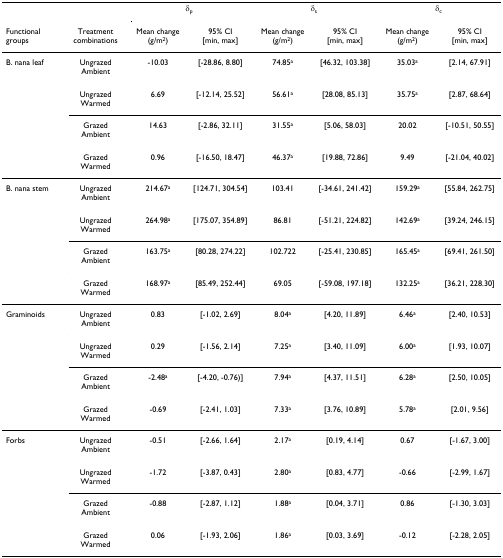
<table><thead><tr><td></td><td></td><td colspan="2"><b>δ<sub>p</sub></b></td><td colspan="2"><b>δ<sub>s</sub></b></td><td colspan="2"><b>δ<sub>c</sub></b></td></tr><tr><td><b>Functional groups</b></td><td><b>Treatment combinations</b></td><td><b>Mean change (g/m<sup>2</sup>)</b></td><td><b>95% CI [min, max]</b></td><td><b>Mean change (g/m<sup>2</sup>)</b></td><td><b>95% CI [min, max]</b></td><td><b>Mean change (g/m<sup>2</sup>)</b></td><td><b>95% CI [min, max]</b></td></tr></thead><tbody><tr><td>B. nana leaf</td><td>Ungrazed Ambient</td><td>-10.03</td><td>[-28.86, 8.80]</td><td>74.85<sup>a</sup></td><td>[46.32, 103.38]</td><td>35.03<sup>a</sup></td><td>[2.14, 67.91]</td></tr><tr><td></td><td>Ungrazed Warmed</td><td>6.69</td><td>[-12.14, 25.52]</td><td>56.61<sup>a</sup></td><td>[28.08, 85.13]</td><td>35.75<sup>a</sup></td><td>[2.87, 68.64]</td></tr><tr><td></td><td>Grazed Ambient</td><td>14.63</td><td>[-2.86, 32.11]</td><td>31.55<sup>a</sup></td><td>[5.06, 58.03]</td><td>20.02</td><td>[-10.51, 50.55]</td></tr><tr><td></td><td>Grazed Warmed</td><td>0.96</td><td>[-16.50, 18.47]</td><td>46.37<sup>a</sup></td><td>[19.88, 72.86]</td><td>9.49</td><td>[-21.04, 40.02]</td></tr><tr><td>B. nana stem</td><td>Ungrazed Ambient</td><td>214.67<sup>a</sup></td><td>[124.71, 304.54]</td><td>103.41</td><td>[-34.61, 241.42]</td><td>159.29<sup>a</sup></td><td>[55.84, 262.75]</td></tr><tr><td></td><td>Ungrazed Warmed</td><td>264.98<sup>a</sup></td><td>[175.07, 354.89]</td><td>86.81</td><td>[-51.21, 224.82]</td><td>142.69<sup>a</sup></td><td>[39.24, 246.15]</td></tr><tr><td></td><td>Grazed Ambient</td><td>163.75<sup>a</sup></td><td>[80.28, 274.22]</td><td>102.722</td><td>[-25.41, 230.85]</td><td>165.45<sup>a</sup></td><td>[69.41, 261.50]</td></tr><tr><td></td><td>Grazed Warmed</td><td>168.97<sup>a</sup></td><td>[85.49, 252.44]</td><td>69.05</td><td>[-59.08, 197.18]</td><td>132.25<sup>a</sup></td><td>[36.21, 228.30]</td></tr><tr><td>Graminoids</td><td>Ungrazed Ambient</td><td>0.83</td><td>[-1.02, 2.69]</td><td>8.04<sup>a</sup></td><td>[4.20, 11.89]</td><td>6.46<sup>a</sup></td><td>[2.40, 10.53]</td></tr><tr><td></td><td>Ungrazed Warmed</td><td>0.29</td><td>[-1.56, 2.14]</td><td>7.25<sup>a</sup></td><td>[3.40, 11.09]</td><td>6.00<sup>a</sup></td><td>[1.93, 10.07]</td></tr><tr><td></td><td>Grazed Ambient</td><td>-2.48<sup>a</sup></td><td>[-4.20, -0.76)]</td><td>7.94<sup>a</sup></td><td>[4.37, 11.51]</td><td>6.28<sup>a</sup></td><td>[2.50, 10.05]</td></tr><tr><td></td><td>Grazed Warmed</td><td>-0.69</td><td>[-2.41, 1.03]</td><td>7.33<sup>a</sup></td><td>[3.76, 10.89]</td><td>5.78<sup>a</sup></td><td>[2.01, 9.56]</td></tr><tr><td>Forbs</td><td>Ungrazed Ambient</td><td>-0.51</td><td>[-2.66, 1.64]</td><td>2.17<sup>a</sup></td><td>[0.19, 4.14]</td><td>0.67</td><td>[-1.67, 3.00]</td></tr><tr><td></td><td>Ungrazed Warmed</td><td>-1.72</td><td>[-3.87, 0.43]</td><td>2.80<sup>a</sup></td><td>[0.83, 4.77]</td><td>-0.66</td><td>[-2.99, 1.67]</td></tr><tr><td></td><td>Grazed Ambient</td><td>-0.88</td><td>[-2.87, 1.12]</td><td>1.88<sup>a</sup></td><td>[0.04, 3.71]</td><td>0.86</td><td>[-1.30, 3.03]</td></tr><tr><td></td><td>Grazed Warmed</td><td>0.06</td><td>[-1.93, 2.06]</td><td>1.86<sup>a</sup></td><td>[0.03, 3.69]</td><td>-0.12</td><td>[-2.28, 2.05]</td></tr></tbody></table>